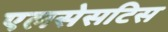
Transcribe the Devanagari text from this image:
एलसेसटिस